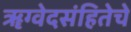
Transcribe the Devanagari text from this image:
ॠग्वेदसंहितेचे